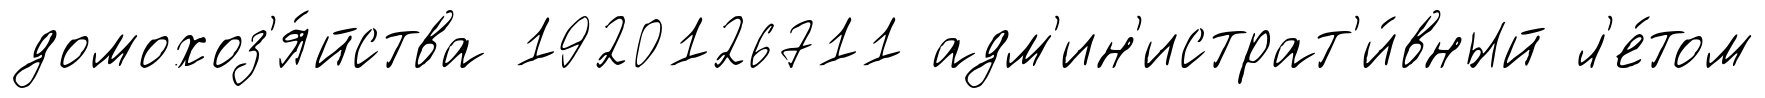
домохоз'я́йства 1920126711 адм'ин'истрат'и́вный л'е́том